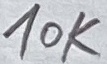
Text: 10K